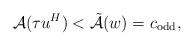
LaTeX: \begin{align*} \mathcal{A} (\tau u^H) < \Tilde{\mathcal{A}} (w) = c_{\mathrm{odd}},\end{align*}